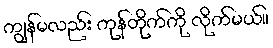
ကျွန်မလည်း ကုန်တိုက်ကို လိုက်မယ်။